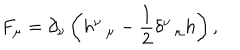
F _ { \mu } = \partial _ { \nu } \left( h _ { \, \, \, \, \mu } ^ { \nu } - \frac 1 2 \delta _ { \, \, \, \, \mu } ^ { \nu } h \right) ,